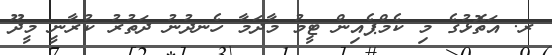
ރ. އަތޮޅުގެ މި ކެމްޕެއިން ޓީމު މާދަމާ ހެނދުނު ދަތުރު ކުރާނީ މީދޫ